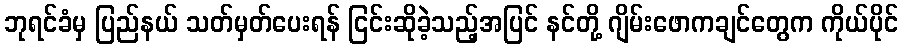
ဘုရင်ခံမှ ပြည်နယ် သတ်မှတ်ပေးရန် ငြင်းဆိုခဲ့သည့်အပြင် နင်တို့ ဂျိမ်းဖောကချင်တွေက ကိုယ်ပိုင်